Civil Veterinary Dept. North-West Frontier Province 1923-32 - 1923-1932
Year: 1923
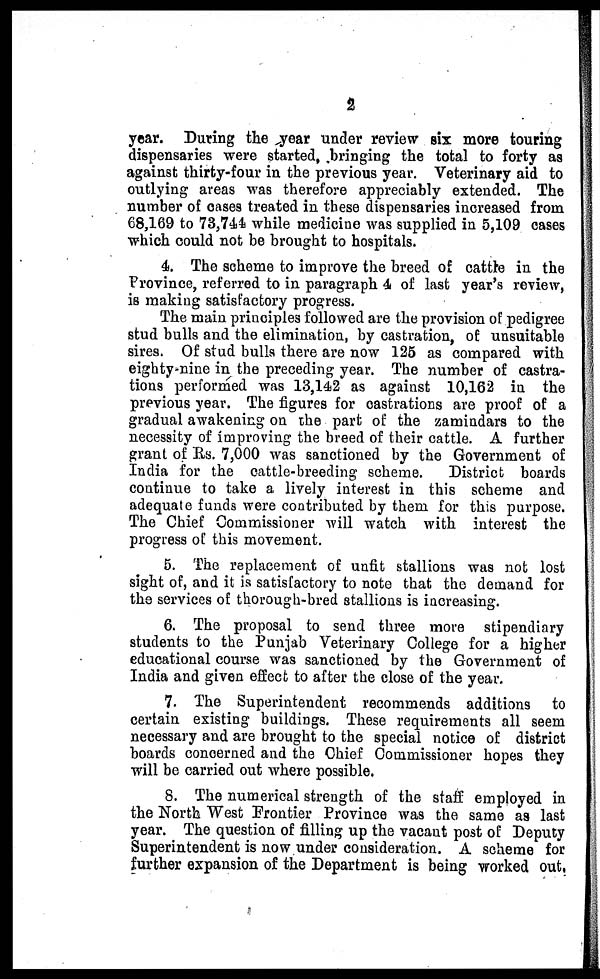
2
year. During the year under review six more touring
dispensaries were started, bringing the total to forty as
against thirty-four in the previous year. Veterinary aid to
outlying areas was therefore appreciably extended. The
number of cases treated in these dispensaries increased from
68,169 to 73,744 while medicine was supplied in 5,109 cases
which could not be brought to hospitals.
4. The scheme to improve the breed of cattle in the
Province, referred to in paragraph 4 of last year's review,
is making satisfactory progress.
The main principles followed are the provision of pedigree
stud bulls and the elimination, by castration, of unsuitable
sires. Of stud bulls there are now 125 as compared with
eighty nine in the preceding year. The number of castra-
tions performed was 13,142 as against 10,162 in the
previous year. The figures for castrations are proof of a
gradual awakening on the part of the zamindars to the
necessity of improving the breed of their cattle. A further
grant of Rs. 7,000 was sanctioned by the Government of
India for the cattle-breeding scheme.
District boards
continue to take a lively interest in this scheme and
adequate funds were contributed by them for this purpose.
The Chief Commissioner will watch with interest the
progress of this movement.
5. The replacement of unfit stallions was not lost
sight of, and it is satisfactory to note that the demand for
the services of thorough-bred stallions is increasing.
6. The proposal to send three more stipendiary
students to the Punjab Veterinary College for a higher
educational course was sanctioned by the Government of
India and given effect to after the close of the year.
7. The Superintendent recommends additions to
certain existing buildings. These requirements all seem
necessary and are brought to the special notice of district
boards concerned and the Chief Commissioner hopes they
will be carried out where possible.
8. The numerical strength of the staff employed in
the North West Frontier Province was the same as last
year. The question of filling up the vacant post of Deputy
Superintendent is now under consideration. A scheme for
further expansion of the Department is being worked out.